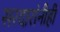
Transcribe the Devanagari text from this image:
सरदारांनीही